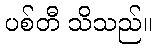
ပစ်တီ သိသည်။